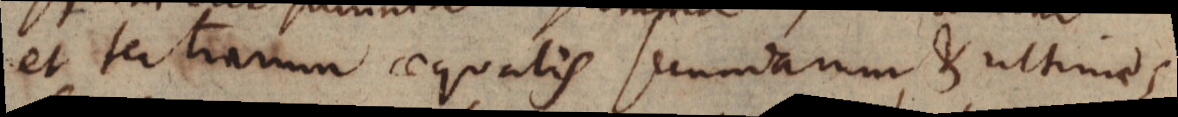
et tertiarum aequalis secundarum & ultimes